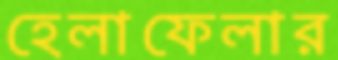
হেলাফেলার